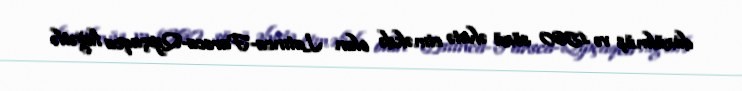
düzülmüş və 1560 sözü əhatə etməkdə olan Latınca-Farsca-Qıpçaqca lüğətlə